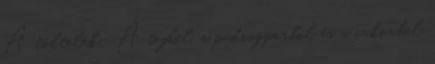
A töltelék: A tejből, a pudingporból és a cukorból